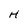
Character: H